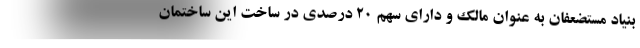
بنیاد مستضعفان به عنوان مالک و دارای سهم ۲۰ درصدی در ساخت این ساختمان